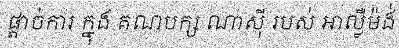
ផ្តាច់ការ ក្នុង គណបក្ស ណាស៊ី របស់ អាល្លឺម៉ង់